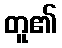
တူ၏